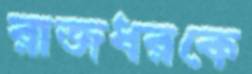
রাজধরকে